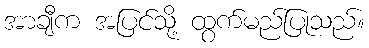
အာချီက အပြင်သို့ ထွက်မည်ပြုသည်။